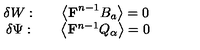
\begin{array} { c c c } { \delta W : } & { } & { \left\langle \mathrm { { \bf F } } ^ { n - 1 } B _ { a } \right\rangle = 0 } \\ { \delta \Psi : } & { } & { \left\langle \mathrm { { \bf F } } ^ { n - 1 } Q _ { \alpha } \right\rangle = 0 } \\ \end{array}